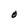
Character: O